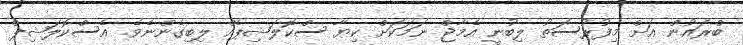
ބްރައުން އަށް މިފުރުސަތު ލިބުނީ އެމާޖް ނަމަކަށް ކިޔާ ސްކޮލަޝިޕެއް ލިބިގެންނެވެ. އެސްކޮލަޝިޕް